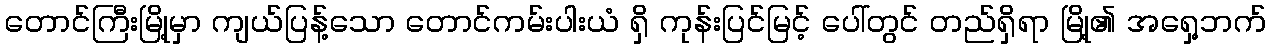
တောင်ကြီးမြို့မှာ ကျယ်ပြန့်သော တောင်ကမ်းပါးယံ ရှိ ကုန်းပြင်မြင့် ပေါ်တွင် တည်ရှိရာ မြို့၏ အရှေ့ဘက်